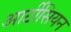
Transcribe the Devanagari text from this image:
आर्टीसियन